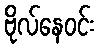
ဗိုလ်နေဝင်း